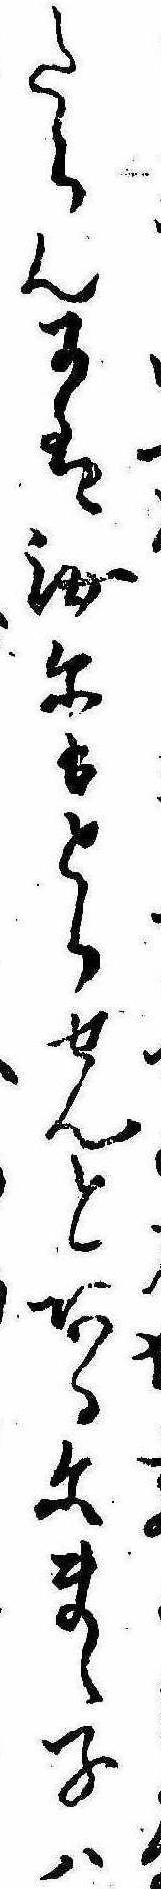
たらんには汝にもとらせんとあるにまゝ子は